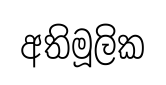
අතිමූලික